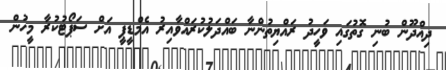
ދިއްދޫން ބުނި ގޮތުގައި ވަހީދު ރައްޔިތުންނާ ބައްދަލުކުރައްވާއިރު އެމްޑީޕީ އަށް ސަޕޯޓުކުރާ މީހުން